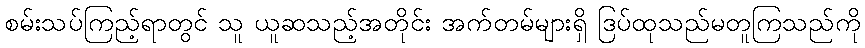
စမ်းသပ်ကြည့်ရာတွင် သူ ယူဆသည့်အတိုင်း အက်တမ်များရှိ ဒြပ်ထုသည်မတူကြသည်ကို